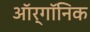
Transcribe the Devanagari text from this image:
ऑर्गॉनिक